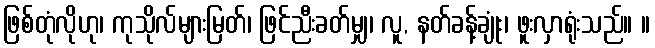
ဖြစ်တုံလိုဟု၊ ကုသိုလ်များမြတ်၊ ဖြင်ညီးခတ်မျှ၊ လူ, နတ်ခန့်ချုံး၊ ဖူးလှာရုံးသည်။ ။